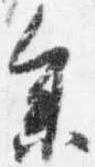
参